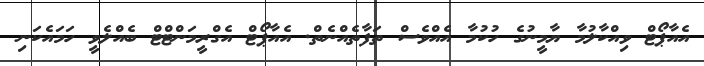
އެއާޕޯޓް ވިއްކާލުމާ ޔާމީނުގެ ހުކުމާ އެއްވެސް ތަފާތެއްނެތް. އެއާޕޯޓް އެގްރީމަންޓްޓް ބެއްލެވީ ހަމައެކަނި